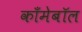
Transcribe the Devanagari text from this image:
काँमेबॉल